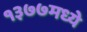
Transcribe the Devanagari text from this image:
१३७७मध्ये